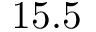
1 5 . 5